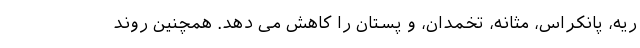
ریه، پانکراس، مثانه، تخمدان، و پستان را کاهش می دهد. همچنین روند